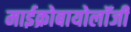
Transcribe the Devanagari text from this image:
माईक्रोबायोलॉजी